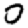
Digit: 0